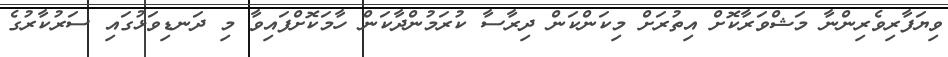
ވިޔަފާރިވެރިންނާ މަޝްވަރާކޮށް އިތުރަށް މިކަންކަން ދިރާސާ ކުރަމުންދާކަން ހާމަކޮށްފައިވާ މި ދަނޑިވަޅުގައި ސަރުކާރުގެ